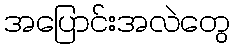
အပြောင်းအလဲတွေ